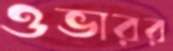
ওভারর